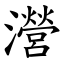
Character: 瀯